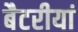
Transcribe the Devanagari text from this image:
बैटरीयां